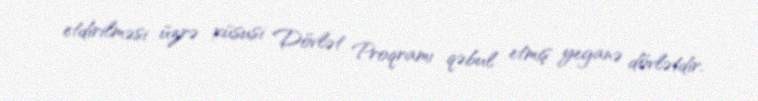
etdirilməsi üzrə xüsusi Dövlət Proqramı qəbul etmiş yeganə dövlətdir.